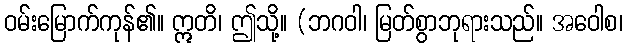
ဝမ်းမြောက်ကုန်၏။ ဣတိ၊ ဤသို့။ (ဘဂဝါ၊ မြတ်စွာဘုရားသည်။ အဝေါစ၊